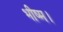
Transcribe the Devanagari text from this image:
भीष्म।